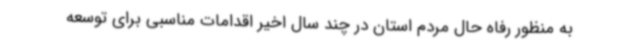
به منظور رفاه حال مردم استان در چند سال اخیر اقدامات مناسبی برای توسعه